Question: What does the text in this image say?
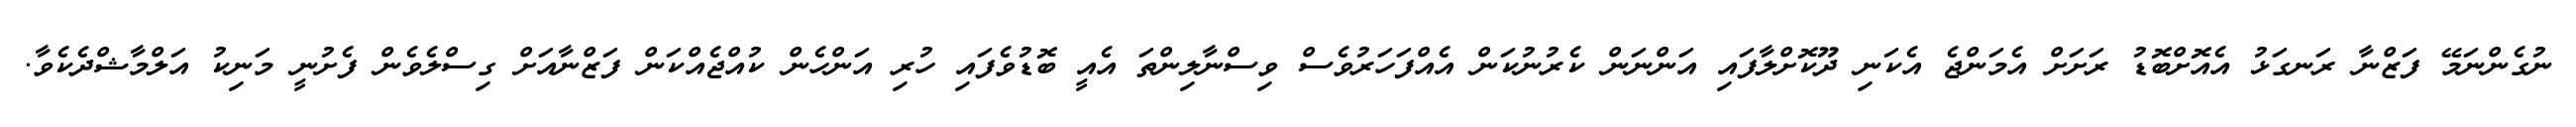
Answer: ނުގެންނަމޭ ފަޒްނާ ރަނގަޅު އެއޮށްބޮޑު ރަށަށް އެމަންޖެ އެކަނި ދޫކޮށްލާފައި އަންނަން ކެރުނުކަން އެއްފަހަރުވެސް ވިސްނާލިންތަ އެއީ ބޮޑުވެފައި ހުރި އަންހެން ކުއްޖެއްކަން ފަޒްނާއަށް ގިސްލެވެން ފެށުނީ މަނިކު އަލްމާޝްދެކެވާ.